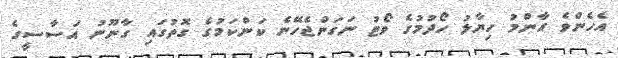
އެހެންވެ އާންމު ހިޔާލު ހޯދުމުގެ ވޯޓު ނަގަންޖެހޭނެ ކަންކަމުގެ ގޮތުގައި ގާނޫނު އަސާސީގެ